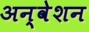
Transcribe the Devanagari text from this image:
अन्वेशन